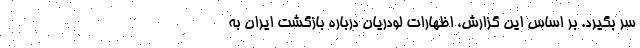
سر بگیرد. بر اساس این گزارش، اظهارات لودریان درباره بازگشت ایران به